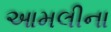
આમલીના